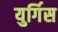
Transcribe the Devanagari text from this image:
युर्गिस